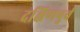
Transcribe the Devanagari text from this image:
दक्षिणपुर्व